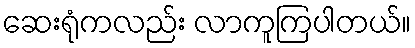
ဆေးရုံကလည်း လာကူကြပါတယ်။